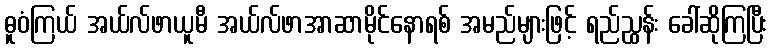
ဓူဝံကြယ် အယ်လ်ဖာယူမီ အယ်လ်ဖာအာဆာမိုင်နောရစ် အမည်များဖြင့် ရည်ညွှန်း ခေါ်ဆိုကြပြီး